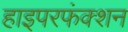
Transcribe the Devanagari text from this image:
हाइपरफंक्शन